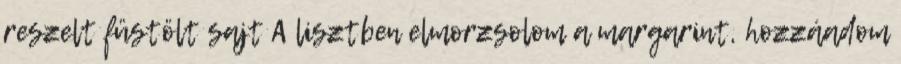
reszelt füstölt sajt A lisztben elmorzsolom a margarint, hozzáadom